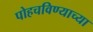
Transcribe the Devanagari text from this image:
पोहचविण्याच्या